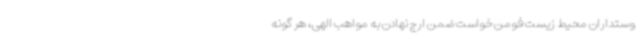
وستداران محیط زیست فومن خواست ضمن ارج نهادن به مواهب الهی، هر گونه